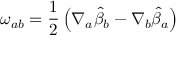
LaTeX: \omega _ { a b } = \frac { 1 } { 2 } \left( \nabla _ { a } { \hat { \beta } _ { b } } - \nabla _ { b } { \hat { \beta } _ { a } } \right)